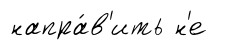
напра́в'ить н'е